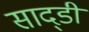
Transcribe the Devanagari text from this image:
साद्डी